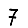
Digit: 7